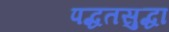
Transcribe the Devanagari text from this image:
पद्धतसुद्धा